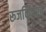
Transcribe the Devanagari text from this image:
रूजविण्यात